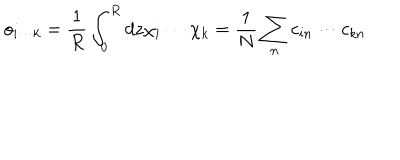
o _ { i \cdots k } = \frac { 1 } { R } \int _ { 0 } ^ { R } d z \chi _ { i } \cdots \chi _ { k } = \frac { 1 } { N } \sum _ { n } c _ { i n } \cdots c _ { k n }